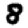
Digit: 8